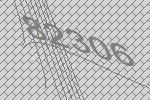
82306